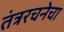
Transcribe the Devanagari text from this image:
तंत्ररचनेचा